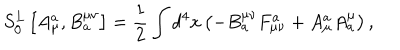
S _ { 0 } ^ { L } \left[ A _ { \mu } ^ { a } , B _ { a } ^ { \mu \nu } \right] = \frac 1 2 \int d ^ { 4 } x \left( - B _ { a } ^ { \mu \nu } F _ { \mu \nu } ^ { a } + A _ { \mu } ^ { a } A _ { a } ^ { \mu } \right) ,